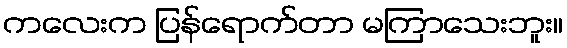
ကလေးက ပြန်ရောက်တာ မကြာသေးဘူး။